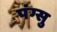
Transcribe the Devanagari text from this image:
पंग्सु